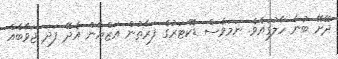
ދޭށޭ ބުނާ ހާލުގައެވެ. ނަމަވެސް ޑޮކްޓަރުގެ ފަރާތުން އަޒްޔާން އެދޭ ފަދަ ޖަވާބެއް